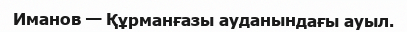
Иманов — Құрманғазы ауданындағы ауыл.